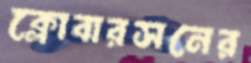
ক্লোবারসনের